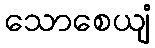
သောစေယျံ